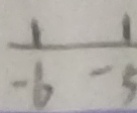
\frac { 1 } { - b } - \frac { 1 } { 5 }